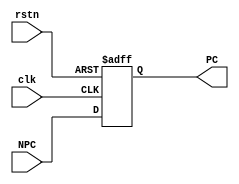
// This program was cloned from: https://github.com/Crzax/riscv_singlecycle
// License: MIT License

module PC( clk, rstn, NPC, PC );

  input              clk;
  input             rstn;
  input       [31:0] NPC;
  output reg  [31:0] PC;

  always @(posedge clk, posedge rstn)
    if (rstn) 
      PC <= 32'h0000_0000;
    else
      PC <= NPC;
      
endmodule